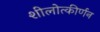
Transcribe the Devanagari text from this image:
शीलोत्कीर्णन